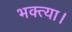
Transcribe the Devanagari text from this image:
भक्त्या।